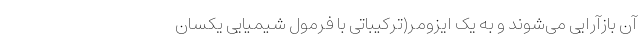
آن بازآرایی می‌شوند و به یک ایزومر(ترکیباتی با فرمول شیمیایی یکسان